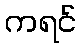
ကရင်